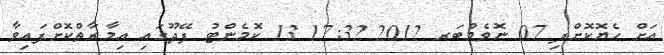
އަށް ހެޔޮކޮށްފި 07 ނޮވެމްބަރ 2012 17:32 13 ކޮމެންޓު ފޭދޫގައި އިމާރާތްކޮށްފައިވާ